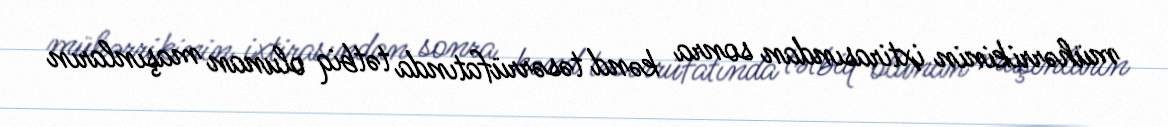
mühərrikinin ixtirasından sonra kənd təsərrüfatında tətbiq olunan maşınların